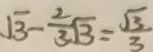
\sqrt { 3 } - \frac { 2 } { 3 } \sqrt { 3 } = \frac { \sqrt { 3 } } { 3 }